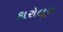
કારોલૂસ